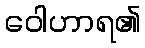
ဝေါဟာရ၏